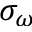
\sigma _ { \omega }